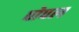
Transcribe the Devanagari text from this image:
पोपल